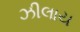
ઝીલાય